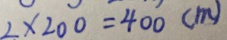
2 \times 2 0 0 = 4 0 0 ( m )